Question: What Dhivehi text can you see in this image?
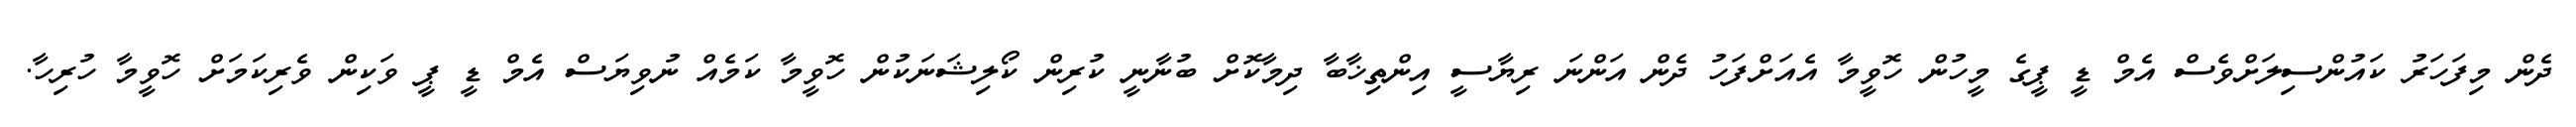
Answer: ދެން މިފަހަރު ކައުންސިލަށްވެސް އެމް ޑީ ޕީގެ މީހުން ހޮވީމާ އެއަށްފަހު ދެން އަންނަ ރިޔާސީ އިންތިޚާބާ ދިމާކޮށް ބުނާނީ ކުރިން ކޯލިޝަނަކުން ހޮވީމާ ކަމެއް ނުވިޔަސް އެމް ޑީ ޕީ ވަކިން ވެރިކަމަށް ހޮވީމާ ހުރިހާ.